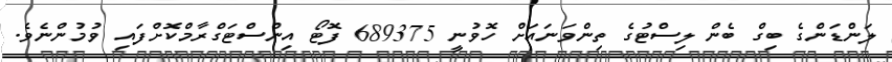
ލަންޑަންގެ ބިގް ބެން ލިސްޓުގެ ތިންވަނައަށް ހޮވުނީ 689375 ފޮޓޯ އިންސްޓަގްރާމްކޮށްފައި ވުމުންނެވެ.